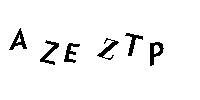
AZEZTP